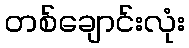
တစ်ချောင်းလုံး